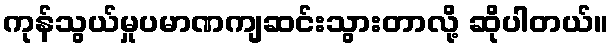
ကုန်သွယ်မှုပမာဏကျဆင်းသွားတာလို့ ဆိုပါတယ်။